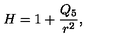
H = 1 + \frac { Q _ { 5 } } { r ^ { 2 } } ,